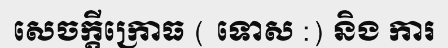
សេចក្តីក្រោធ ( ទោស :) និង ការ